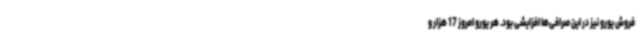
فروش یورو نیز در این صرافی‌ها افزایشی بود. هر یورو امروز 17 هزار و